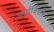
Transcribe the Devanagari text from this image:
आर्बबिशप